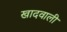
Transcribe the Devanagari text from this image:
खादवाली